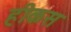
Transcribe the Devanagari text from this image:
हीकस